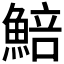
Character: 𩸬